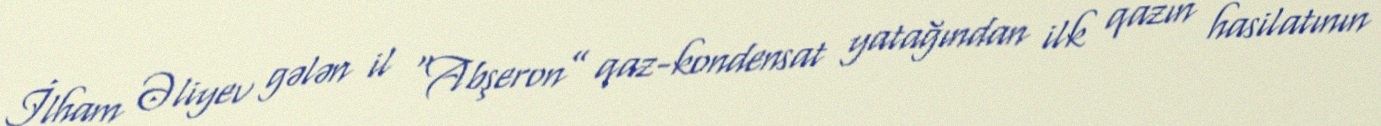
İlham Əliyev gələn il “Abşeron” qaz-kondensat yatağından ilk qazın hasilatının